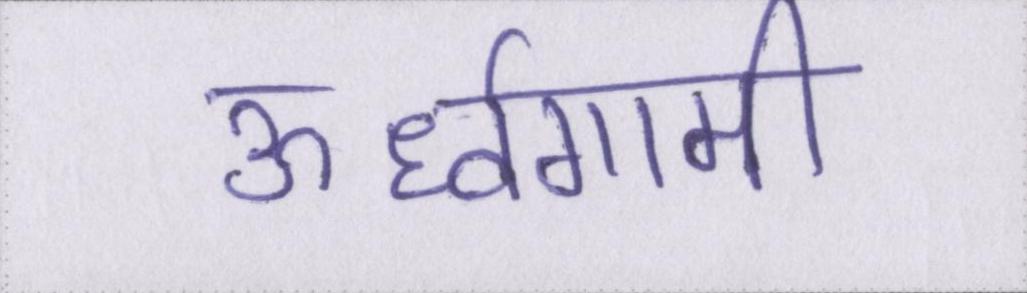
ऊर्ध्वगामी